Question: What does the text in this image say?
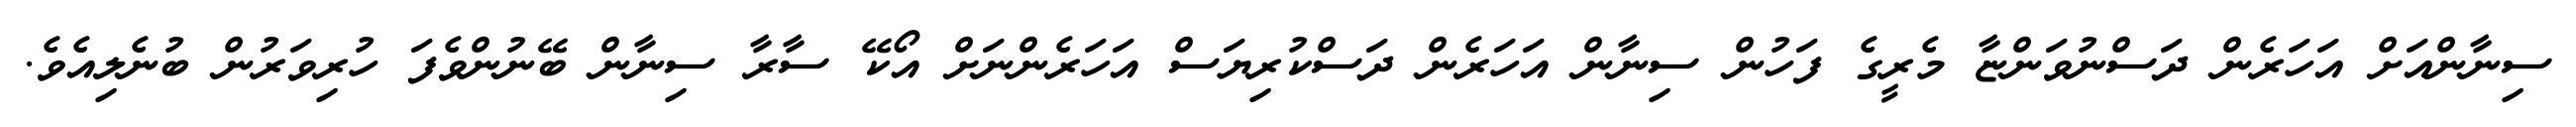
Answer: ސިނާންއަށް އަހަރެން ދަސްނުވަންޏާ މެރީގެ ފަހުން ސިނާން އަހަރެން ދަސްކުރިޔަސް އަހަރެންނަށް އޯކޭ ސާރާ ސިނާން ބޭނުންވެފަ ހުރިވަރުން ބުނެލިއެވެ.